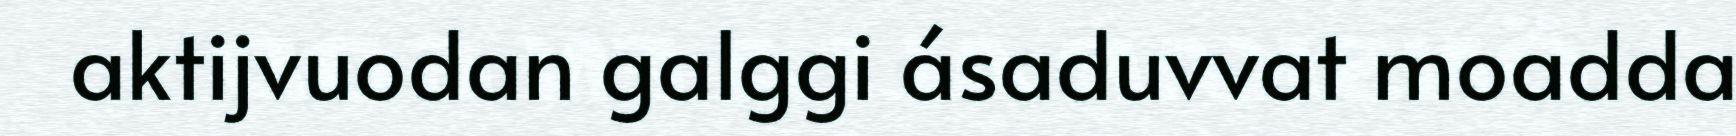
aktijvuodan galggi ásaduvvat moadda